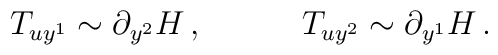
T_{uy^1} \sim \partial_{y^2} H \, , \quad \quad \quad T_{uy^2} \sim\partial_{y^1} H \, .